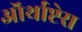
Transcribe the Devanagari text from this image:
ऑर्थाप्टेरा